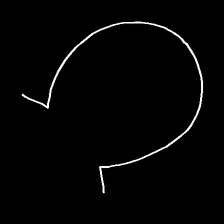
Glyph: weave